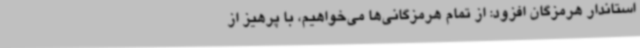
استاندار هرمزگان افزود: از تمام هرمزگانی‌ها می‌خواهیم، با پرهیز از